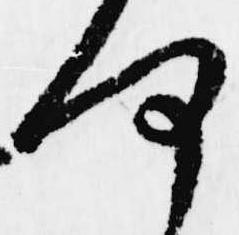
何